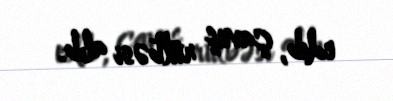
edib, çavuş rütbəsi alıb.